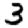
Digit: 3